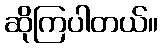
ဆိုကြပါတယ်။